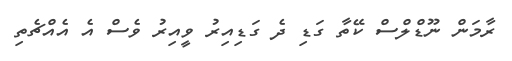
ރާމަން ނޫޑްލްސް ކޭތާ ގަޑި ދެ ގަޑިއިރު ވީއިރު ވެސް އެ އެއްޗެތި